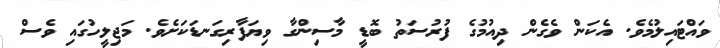
ވައްޓައިލުމެވެ. އެކަން ވެގެން ދިއުމުގެ ފުރުސަތު ބޮޑީ މާސިންގާ ވިޔަފާރިގަނޑަކަށެވެ. މަޖިލީހުގައި ވެސް